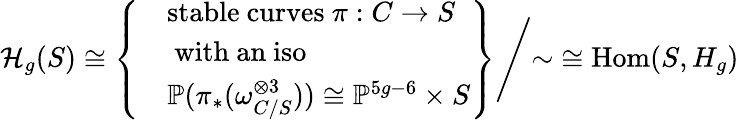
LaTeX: {\mathcal{H}}_{g}(S)\cong\left.\left\{ {\begin{array}{ll}&{{\mathrm{stable~curves~}}\pi:C\to S}\\ &{{\mathrm{~with~an~iso~}}}\\ &{\mathbb{P}(\pi_{*}(\omega_{C/S}^{\otimes 3}))\cong\mathbb{P}^{5g-6}\times S}\end{array}}\right\} {\Bigg/}{\sim}\right.\cong\operatorname{Hom}(S,H_{g})